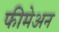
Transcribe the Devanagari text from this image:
फीमेअन